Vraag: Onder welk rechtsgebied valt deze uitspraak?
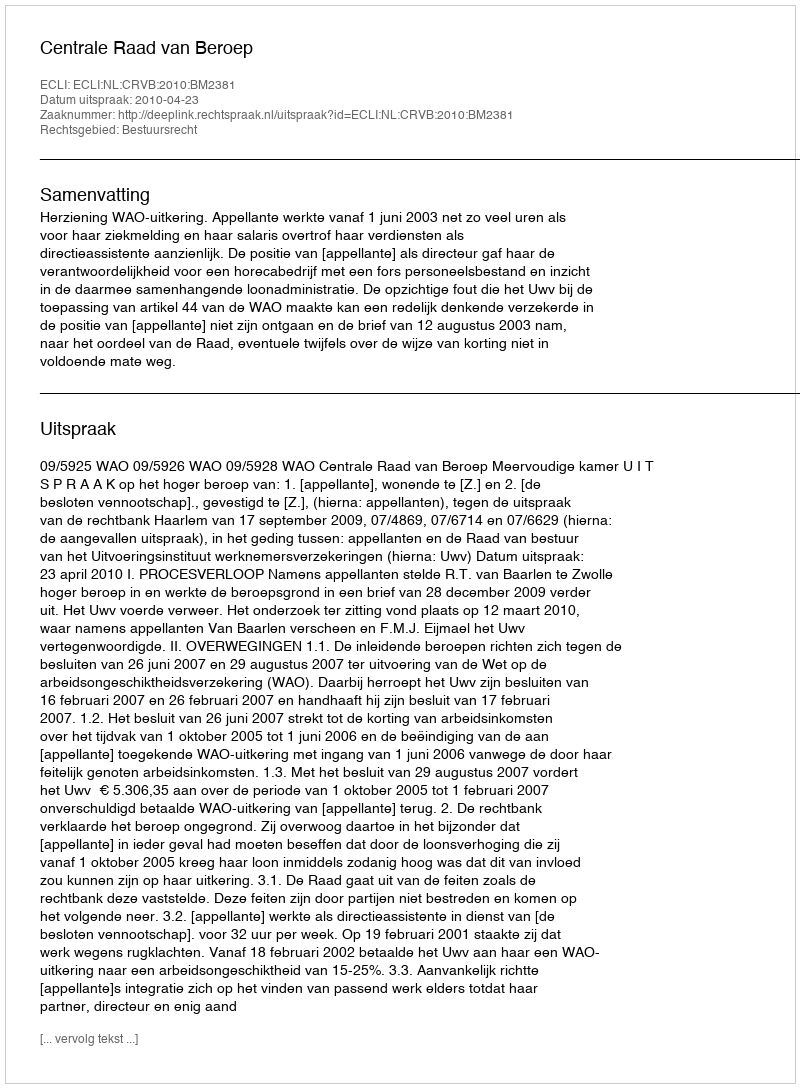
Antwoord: Bestuursrecht